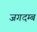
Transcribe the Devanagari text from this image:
जगदम्ब